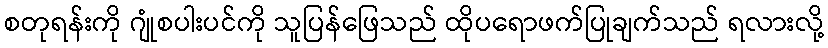
စတုရန်းကို ဂျုံစပါးပင်ကို သူပြန်ဖြေသည် ထိုပရောဖက်ပြုချက်သည် ရလားလို့